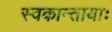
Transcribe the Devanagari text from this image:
स्वकान्तायाः